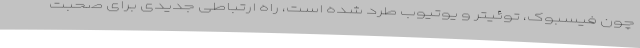
چون فیسبوک، توئیتر و یوتیوب طرد شده است، راه ارتباطی جدیدی برای صحبت